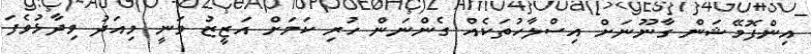
އިންފޮމޭޝަން ގާނޫނަށް އިސްލާހުތަކެއް ގެންނަން ހުރި ކަމަށް އަޒީޒު ވަނީ މިއަދު ވިދާޅުވެފަ